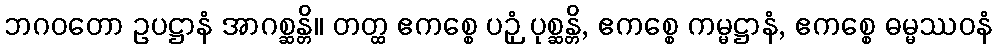
ဘဂဝတော ဥပဋ္ဌာနံ အာဂစ္ဆန္တိ။ တတ္ထ ဧကစ္စေ ပဉှံ ပုစ္ဆန္တိ, ဧကစ္စေ ကမ္မဋ္ဌာနံ, ဧကစ္စေ ဓမ္မဿဝနံ